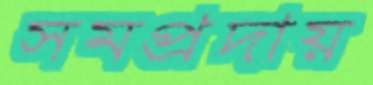
সমপ্রদায়